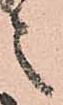
之